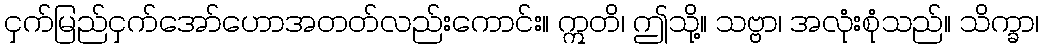
ငှက်မြည်ငှက်အော်ဟောအတတ်လည်းကောင်း။ ဣတိ၊ ဤသို့။ သဗ္ဗာ၊ အလုံးစုံသည်။ သိက္ခာ၊